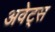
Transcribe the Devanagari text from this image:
अवेट्स